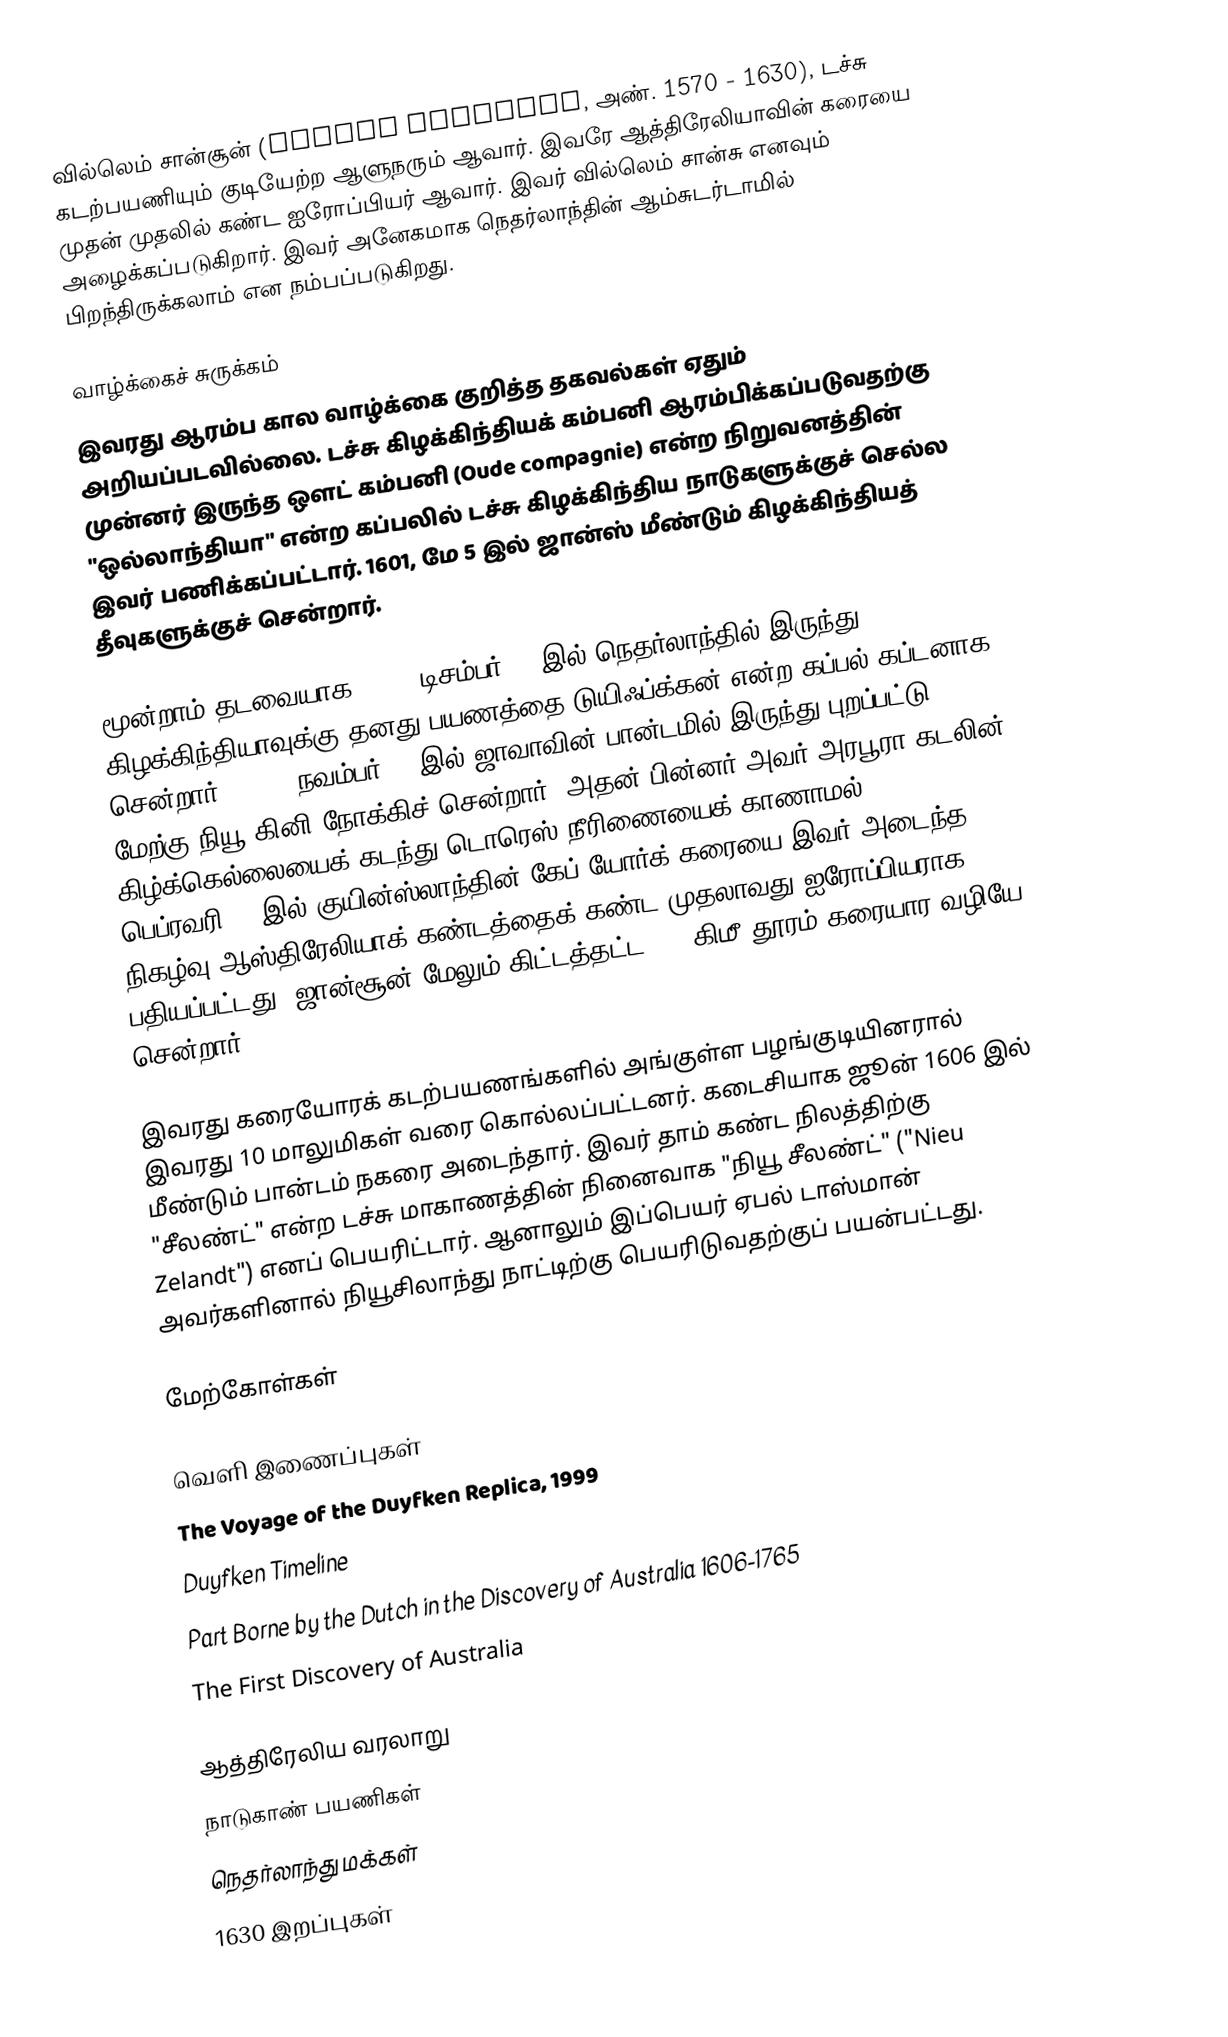
வில்லெம் சான்சூன் (Willem Janszoon, அண். 1570 - 1630), டச்சு கடற்பயணியும் குடியேற்ற ஆளுநரும் ஆவார். இவரே ஆத்திரேலியாவின் கரையை முதன் முதலில் கண்ட ஐரோப்பியர் ஆவார். இவர் வில்லெம் சான்சு எனவும் அழைக்கப்படுகிறார். இவர் அனேகமாக நெதர்லாந்தின் ஆம்சுடர்டாமில் பிறந்திருக்கலாம் என நம்பப்படுகிறது.

வாழ்க்கைச் சுருக்கம்
இவரது ஆரம்ப கால வாழ்க்கை குறித்த தகவல்கள் ஏதும் அறியப்படவில்லை. டச்சு கிழக்கிந்தியக் கம்பனி ஆரம்பிக்கப்படுவதற்கு முன்னர் இருந்த ஔட் கம்பனி (Oude compagnie) என்ற நிறுவனத்தின் "ஒல்லாந்தியா" என்ற கப்பலில் டச்சு கிழக்கிந்திய நாடுகளுக்குச் செல்ல இவர் பணிக்கப்பட்டார். 1601, மே 5 இல் ஜான்ஸ் மீண்டும் கிழக்கிந்தியத் தீவுகளுக்குச் சென்றார்.

மூன்றாம் தடவையாக 1603, டிசம்பர் 18 இல் நெதர்லாந்தில் இருந்து கிழக்கிந்தியாவுக்கு தனது பயணத்தை டுயிஃப்க்கன் என்ற கப்பல் கப்டனாக சென்றார். 1605, நவம்பர் 18 இல் ஜாவாவின் பான்டமில் இருந்து புறப்பட்டு மேற்கு நியூ கினி நோக்கிச் சென்றார். அதன் பின்னர் அவர் அரபூரா கடலின் கிழ்க்கெல்லையைக் கடந்து டொரெஸ் நீரிணையைக் காணாமல் 1606 பெப்ரவரி 26 இல் குயின்ஸ்லாந்தின் கேப் யோர்க் கரையை இவர் அடைந்த நிகழ்வு ஆஸ்திரேலியாக் கண்டத்தைக் கண்ட முதலாவது ஐரோப்பியராக பதியப்பட்டது. ஜான்சூன் மேலும் கிட்டத்தட்ட 320 கிமீ தூரம் கரையார வழியே சென்றார்.

இவரது கரையோரக் கடற்பயணங்களில் அங்குள்ள பழங்குடியினரால் இவரது 10 மாலுமிகள் வரை கொல்லப்பட்டனர். கடைசியாக ஜூன் 1606 இல் மீண்டும் பான்டம் நகரை அடைந்தார். இவர் தாம் கண்ட நிலத்திற்கு "சீலண்ட்" என்ற டச்சு மாகாணத்தின் நினைவாக "நியூ சீலண்ட்" ("Nieu Zelandt") எனப் பெயரிட்டார். ஆனாலும் இப்பெயர் ஏபல் டாஸ்மான் அவர்களினால் நியூசிலாந்து நாட்டிற்கு பெயரிடுவதற்குப் பயன்பட்டது.

மேற்கோள்கள்

வெளி இணைப்புகள்
The Voyage of the Duyfken Replica, 1999
Duyfken Timeline
Part Borne by the Dutch in the Discovery of Australia 1606-1765
The First Discovery of Australia

ஆத்திரேலிய வரலாறு
நாடுகாண் பயணிகள்
நெதர்லாந்து மக்கள்
1630 இறப்புகள்